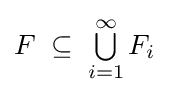
F\;\subseteq \;\textstyle \bigcup \limits _{i=1}^{\infty }F_{i}